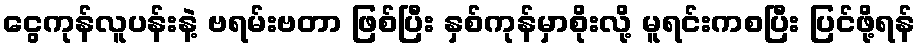
ငွေကုန်လူပန်းနဲ့ ဗရမ်းဗတာ ဖြစ်ပြီး နှစ်ကုန်မှာစိုးလို့ မူရင်းကစပြီး ပြင်ဖို့ရန်